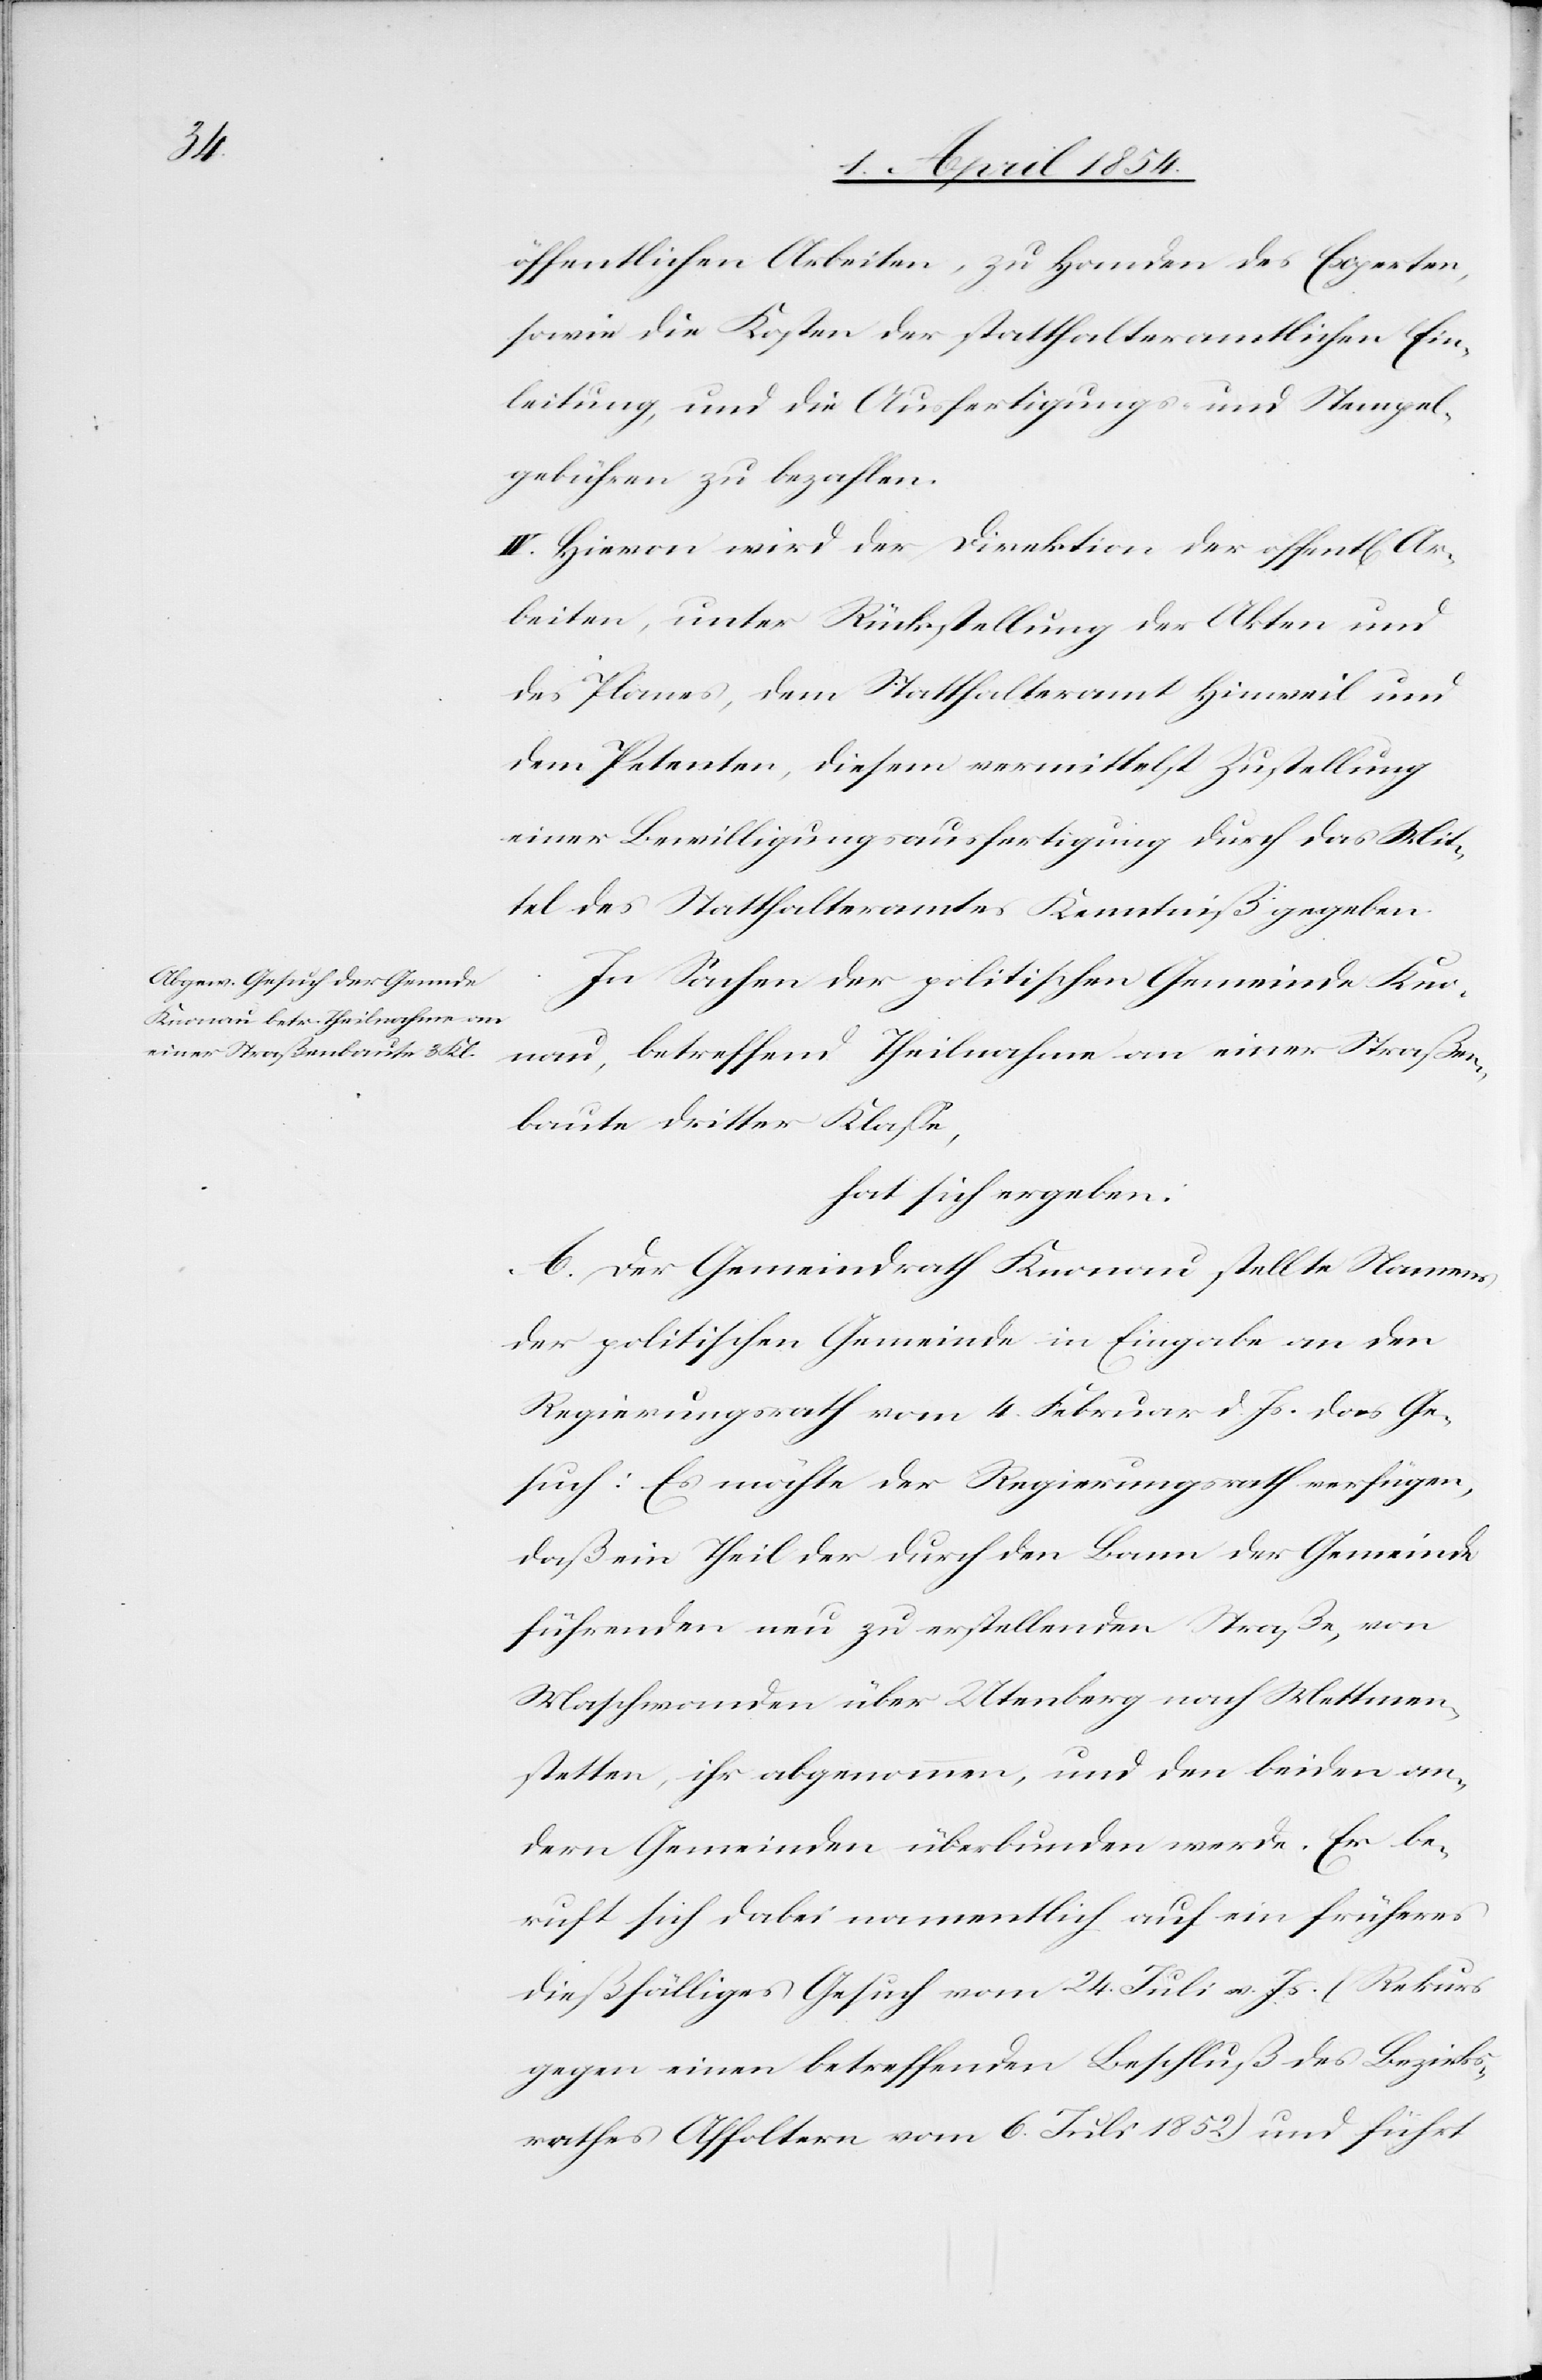
öffentlichen Arbeiten, zu Handen des Experten,
sowie die Kosten der statthalteramtlichen Ein¬
leitung, und die Ausfertigungs- und Stempel¬
gebühren zu bezahlen.
IV. Hievon wird der Direktion der öffentlich[en]
Arbeiten, unter Rückstellung der Akten und
des Planes, dem Statthalteramt Hinweil und
dem Petenten, diesem vermittelst Zustellung
einer Bewilligungsausfertigung durch das Mit¬
tel des Statthalteramtes Kenntniß gegeben.
In Sachen der politischen Gemeinde Kno¬
nau, betreffend Theilnahme an einer Straßen¬
baute dritter Klaße,
hat sich ergeben:
A. Der Gemeindrath Knonau stellte Namens
der politischen Gemeinde in Eingabe an den
Regierungsrath vom 4. Februar d. Js das Ge¬
such: Es möchte der Regierungsrath verfügen,
daß ein Theil der durch den Bann der Gemeinde
führenden neu zu erstellenden Straße, von
Maschwanden über Utenberg nach Mettmen¬
stetten, ihr abgenommen, und den beiden an¬
dern Gemeinden überbunden werde. Er be¬
ruft sich dabei namentlich auf ein früheres
dießfälliges Gesuch vom 24. Juli v. Js. (Rekurs
gegen einen betreffenden Beschluß des Bezirks¬
rathes Affoltern vom 6. Juli 1852) und führt